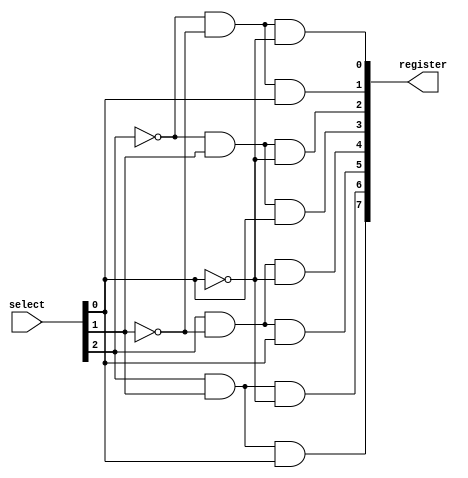
module decoderMult(register, select);
	input [2:0] select;
	output [7:0] register;

	wire w3, w2, w1;
	wire w3N, w2N, w1N;

	assign w3 = select[2];
	assign w2 = select[1];
	assign w1 = select[0];

	not Notw3(w3N, w3);
	not Notw4(w2N, w2);
	not Notw5(w1N, w1);

	and r0(register[0], w3N, w2N, w1N);
	and r1(register[1], w3N, w2N, w1);
	and r2(register[2], w3N, w2, w1N);
	and r3(register[3], w3N, w2, w1);
	and r4(register[4], w3, w2N, w1N);
	and r5(register[5], w3, w2N, w1);
	and r6(register[6], w3, w2, w1N);
	and r7(register[7], w3, w2, w1);
	

endmodule